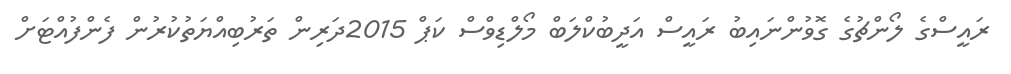
ރައީސްގެ ލޯންޗުގެ ގޮވުންނައިބު ރައީސް އަދީބުކްލަބް މޯލްޑިވްސް ކަޕް 2015ދަރިން ތަރުބިއްޔަތުކުރުން ފެންފުއްޓަށް